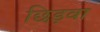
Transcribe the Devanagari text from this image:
छिड़वा